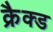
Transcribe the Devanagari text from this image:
क्रैक्ड